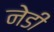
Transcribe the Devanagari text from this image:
नेडी